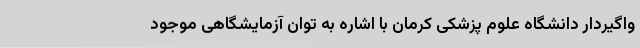
واگیردار دانشگاه علوم پزشکی کرمان با اشاره به توان آزمایشگاهی موجود